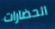
الحضارات